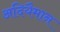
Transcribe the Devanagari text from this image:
अदियैमान